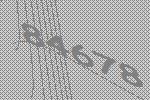
84678